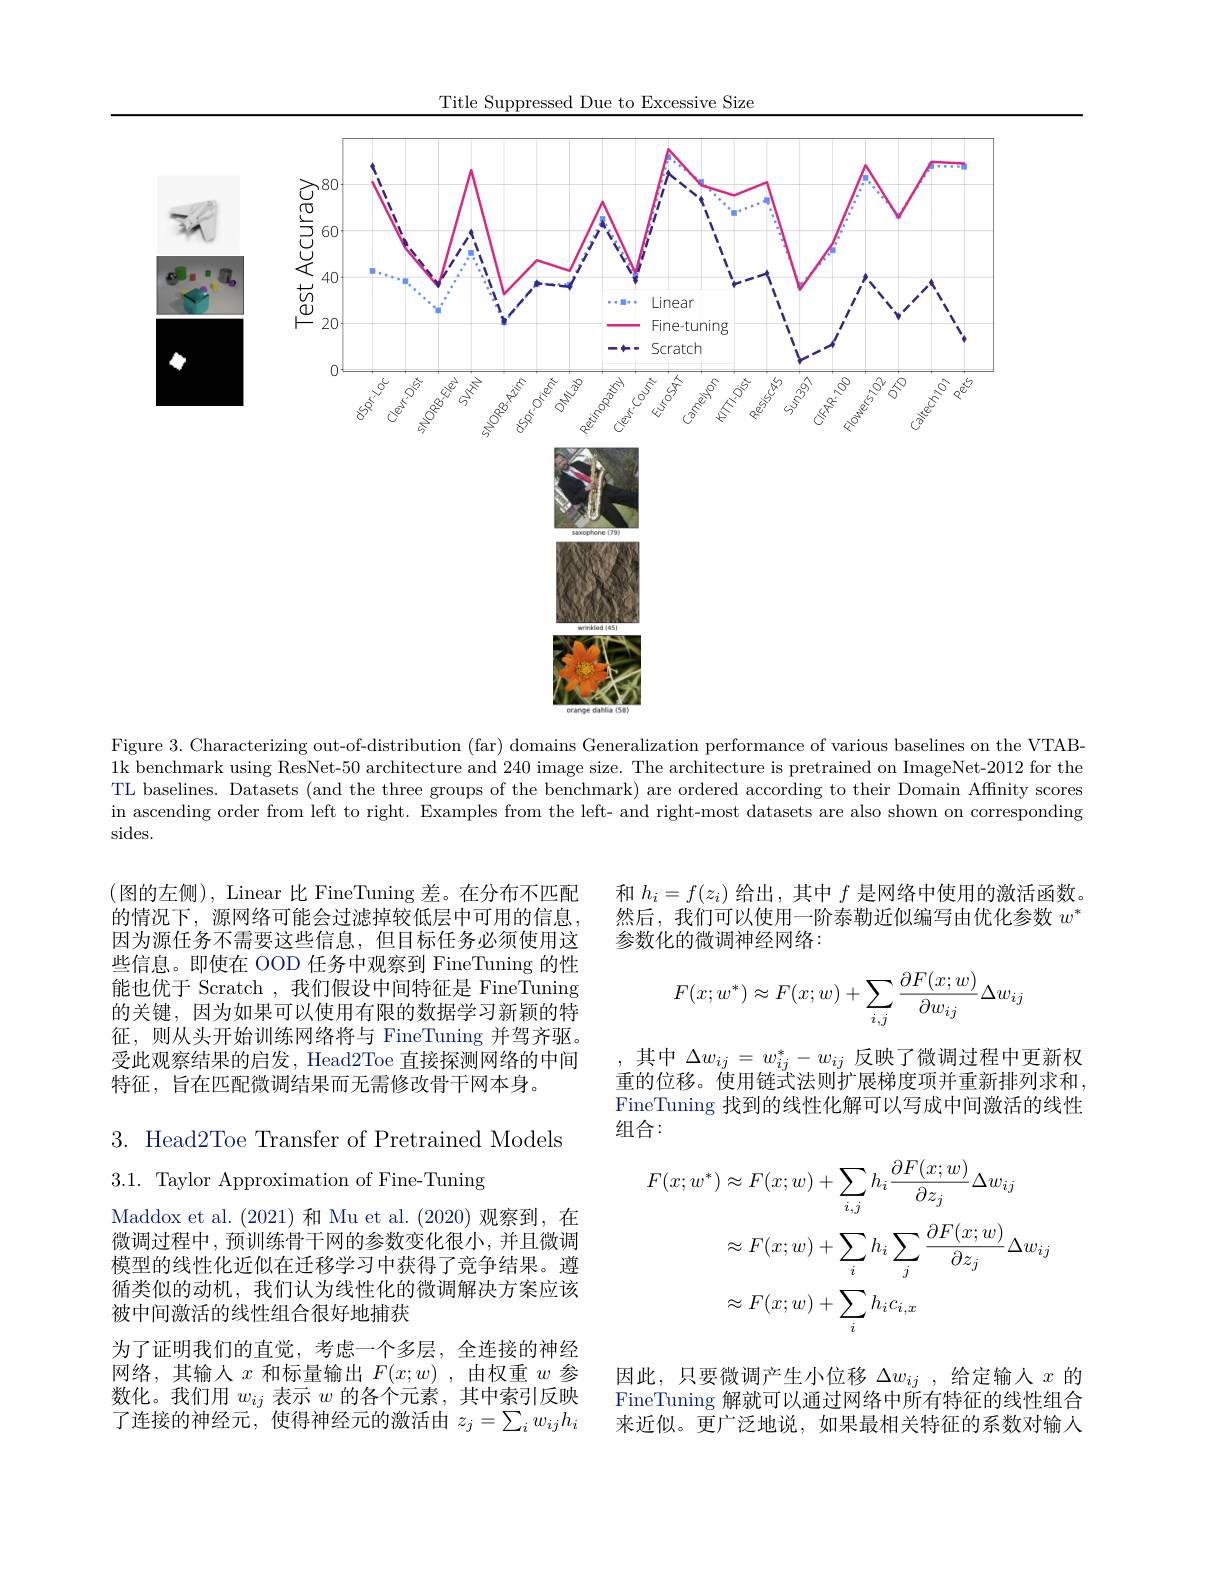
Title Suppressed Due to Excessive Size

<FigureHere>

Figure 3. Characterizing out-of-distribution (far) domains Generalization performance of various baselines on the VTAB- 1k benchmark using ResNet-50 architecture and 240 image size. The architecture is pretrained on ImageNet-2012 for the TL baselines. Datasets (and the three groups of the benchmark) are ordered according to their Domain Affinity scores in ascending order from left to right. Examples from the left- and right-most datasets are also shown on corresponding $\operatorname{sides.}$

和$h_i=f(z_i)$给出，其中$f$是网络中使用的激活函数。然后，我们可以使用一阶泰勒近似编写由优化参数$w^*$ 参数化的微调神经网络：

(图的左侧), Linear 比 FineTuning 差。在分布不匹配的情况下，源网络可能会过滤掉较低层中可用的信息因为源任务不需要这些信息，但目标任务必须使用这些信息。即使在 OOD 任务中观察到 FineTuning 的性能也优于 Scratch , 我们假设中间特征是 FineTuning 的关键，因为如果可以使用有限的数据学习新颖的特征，则从头开始训练网络将与 FineTuning 并驾齐驱。受此观察结果的启发，Head2Toe 直接探测网络的中间特征，旨在匹配微调结果而无需修改骨干网本身。
$$F(x;w^*)\approx F(x;w)+\sum_{i,j}\frac{\partial F(x;w)}{\partial w_{ij}}\Delta w_{ij}$$
其中$\Delta w_{ij}=w_{ij}^*-w_{ij}$反映了微调过程中更新权重的位移。使用链式法则扩展梯度项并重新排列求和， FineTuning 找到的线性化解可以写成中间激活的线性组合：

3. Head2Toe Transfer of Pretrained Models
3.1. Taylor Approximation of Fine-Tuning
$$\begin{aligned}F(x;w^{*})&\approx F(x;w)+\sum_{i,j}h_{i}\frac{\partial F(x;w)}{\partial z_{j}}\Delta w_{ij}\\&\approx F(x;w)+\sum_{i}h_{i}\sum_{j}\frac{\partial F(x;w)}{\partial z_{j}}\Delta w_{ij}\\&\approx F(x;w)+\sum_{i}h_{i}c_{i,x}\end{aligned}$$
Maddox et al.(2021)和 Mu et al.(2020)观察到，在微调过程中，预训练骨干网的参数变化很小，并且微调模型的线性化近似在迁移学习中获得了竞争结果。遵循类似的动机，我们认为线性化的微调解决方案应该被中间激活的线性组合很好地捕获
为了证明我们的直觉，考虑一个多层，全连接的神经网络，其输入$x$和标量输出$F(x;w)$ ,由权重$w$参数化。我们用$w_ij$表示$w$的各个元素，其中索引反映了连接的神经元，使得神经元的激活由$z_j=\sum_iw_{ij}h_i$

因此，只要微调产生小位移$\Delta w_ij$,给定输人$x$的FineTuning 解就可以通过网络中所有特征的线性组合来近似。更广泛地说，如果最相关特征的系数对输人